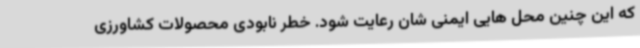
که این چنین محل هایی ایمنی شان رعایت شود. خطر نابودی محصولات کشاورزی